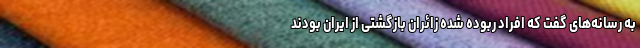
به رسانه‌های گفت که افراد ربوده شده زائران بازگشتی از ایران بودند